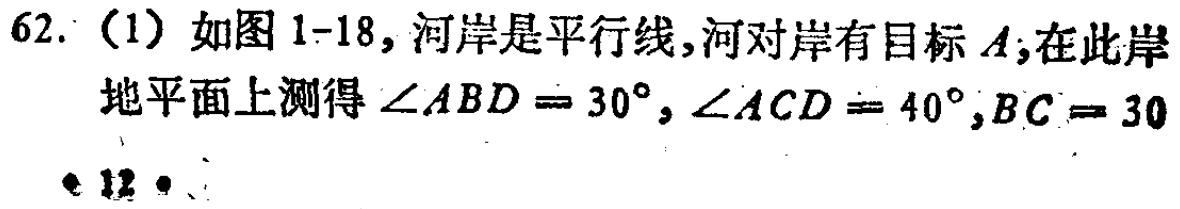
62. （1）如图1-18，河岸是平行线，河对岸有目标\(A\)，在此岸地平面上测得\(\angle ABD = 30^{\circ}, \angle ACD = 40^{\circ}, BC = 30\)